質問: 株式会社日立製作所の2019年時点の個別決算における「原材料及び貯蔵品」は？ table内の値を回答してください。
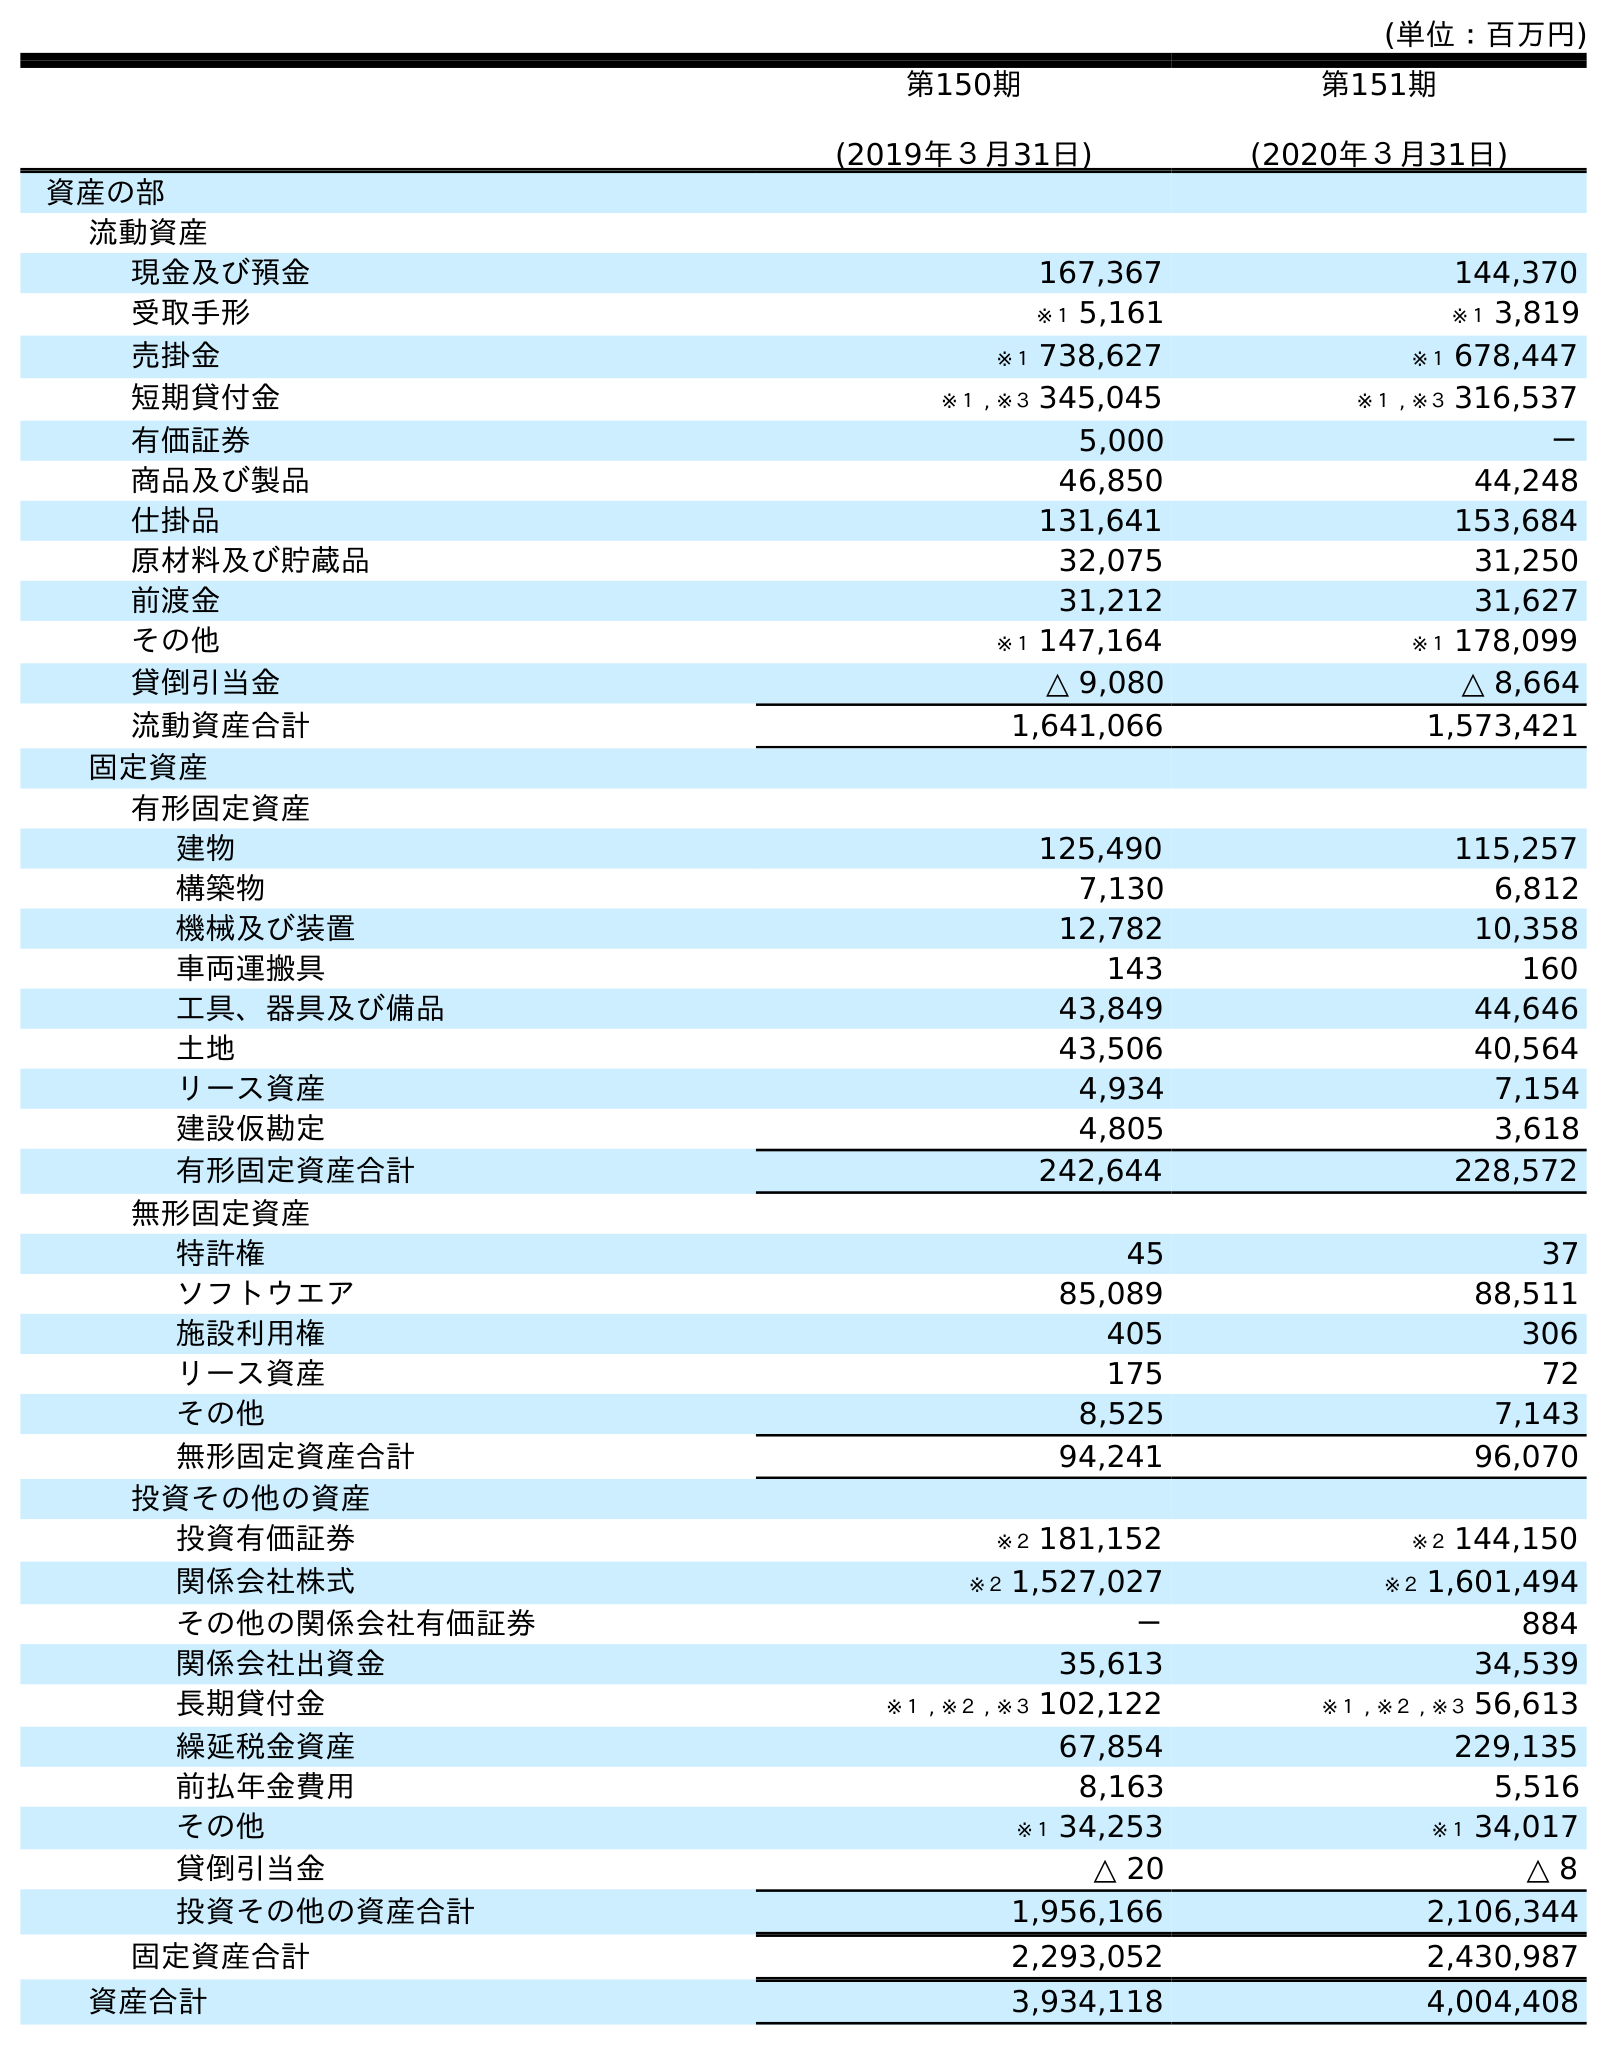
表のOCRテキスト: (単位：百万円) 第150期 (2019年３月31日) 第151期 (2020年３月31日) 資産の部 流動資産 現金及び預金 167,367 144,370 受取手形 ※１ 5,161 ※１ 3,819 売掛金 ※１ 738,627 ※１ 678,447 短期貸付金 ※１ , ※３ 345,045 ※１ , ※３ 316,537 有価証券 5,000 － 商品及び製品 46,850 44,248 仕掛品 131,641 153,684 原材料及び貯蔵品 32,075 31,250 前渡金 31,212 31,627 その他 ※１ 147,164 ※１ 178,099 貸倒引当金 △ 9,080 △ 8,664 流動資産合計 1,641,066 1,573,421 固定資産 有形固定資産 建物 125,490 115,257 構築物 7,130 6,812 機械及び装置 12,782 10,358 車両運搬具 143 160 工具、器具及び備品 43,849 44,646 土地 43,506 40,564 リース資産 4,934 7,154 建設仮勘定 4,805 3,618 有形固定資産合計 242,644 228,572 無形固定資産 特許権 45 37 ソフトウエア 85,089 88,511 施設利用権 405 306 リース資産 175 72 その他 8,525 7,143 無形固定資産合計 94,241 96,070 投資その他の資産 投資有価証券 ※２ 181,152 ※２ 144,150 関係会社株式 ※２ 1,527,027 ※２ 1,601,494 その他の関係会社有価証券 － 884 関係会社出資金 35,613 34,539 長期貸付金 ※１ , ※２ , ※３ 102,122 ※１ , ※２ , ※３ 56,613 繰延税金資産 67,854 229,135 前払年金費用 8,163 5,516 その他 ※１ 34,253 ※１ 34,017 貸倒引当金 △ 20 △ 8 投資その他の資産合計 1,956,166 2,106,344 固定資産合計 2,293,052 2,430,987 資産合計 3,934,118 4,004,408
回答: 32,075